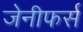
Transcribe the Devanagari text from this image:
जेनीफर्स